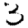
Digit: 3